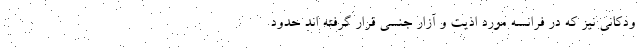
ودکانی نیز که در فرانسه مورد اذیت و آزار جنسی قرار گرفته اند حدود